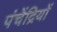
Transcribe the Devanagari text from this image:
पंचेंद्रियों